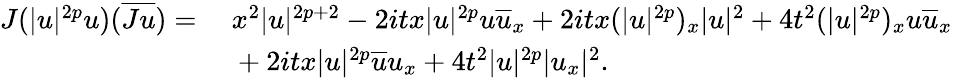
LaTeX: \begin{array}{rl}{J(|u|^{2p}u)(\overline{{Ju}})=}&{\ x^{2}|u|^{2p+2}-2itx|u|^{2p}u\overline{{u}}_{x}+2itx(|u|^{2p})_{x}|u|^{2}+4t^{2}(|u|^{2p})_{x}u\overline{{u}}_{x}}\\ &{\ +2itx|u|^{2p}\overline{{u}}u_{x}+4t^{2}|u|^{2p}|u_{x}|^{2}.}\end{array}